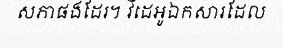
សភាផងដែរ។ វីដេអូឯកសារដែល